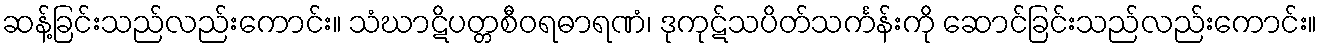
ဆန့်ခြင်းသည်လည်းကောင်း။ သံဃာဋိပတ္တစီဝရဓာရဏံ၊ ဒုကုဋ်သပိတ်သင်္ကန်းကို ဆောင်ခြင်းသည်လည်းကောင်း။